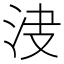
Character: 𣲺